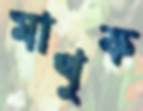
মাখুক